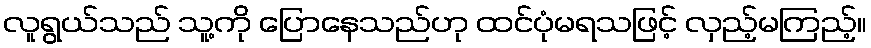
လူရွယ်သည် သူ့ကို ပြောနေသည်ဟု ထင်ပုံမရသဖြင့် လှည့်မကြည့်။